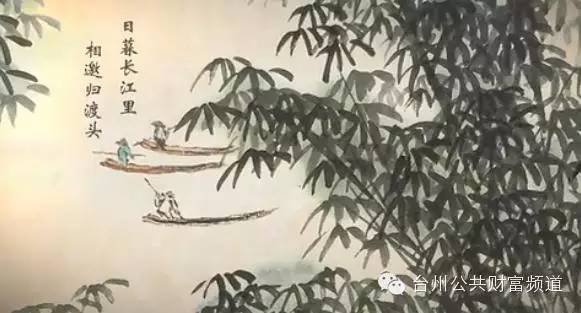
日暮长江里，相邀归渡头。